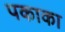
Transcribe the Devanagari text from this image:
पकाका